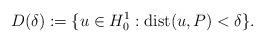
LaTeX: \begin{align*} D(\delta) := \{ u \in H^{1}_{0} : \mbox{dist}(u, P) < \delta \}.\end{align*}